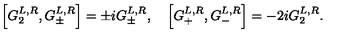
\left[ G _ { 2 } ^ { L , R } , G _ { \pm } ^ { L , R } \right] = \pm i G _ { \pm } ^ { L , R } , \quad \left[ G _ { + } ^ { L , R } , G _ { - } ^ { L , R } \right] = - 2 i G _ { 2 } ^ { L , R } .